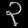
Digit: ၃